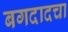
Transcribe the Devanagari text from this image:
बगदादचा